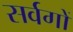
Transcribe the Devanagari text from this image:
सर्वगों